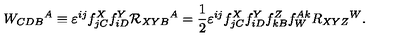
W _ { C D B } { } ^ { A } \equiv \varepsilon ^ { i j } f _ { j C } ^ { X } f _ { i D } ^ { Y } { \cal R } _ { X Y B } { } ^ { A } = \frac 1 2 \varepsilon ^ { i j } f _ { j C } ^ { X } f _ { i D } ^ { Y } f _ { k B } ^ { Z } f _ { W } ^ { A k } R _ { X Y Z } { } ^ { W } .